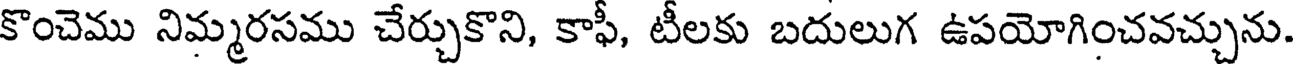
కొంచెము నిమ్మరసము చేర్చుకొని, కాఫీ, టీలకు బదులుగ ఉపయోగించవచ్చును.